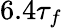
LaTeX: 6.4\tau_{f}